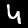
Digit: 4